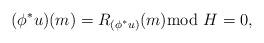
LaTeX: \begin{gather*} (\phi^*u)(m)=R_{(\phi^*u)}(m){\rm mod} \ H=0,\end{gather*}